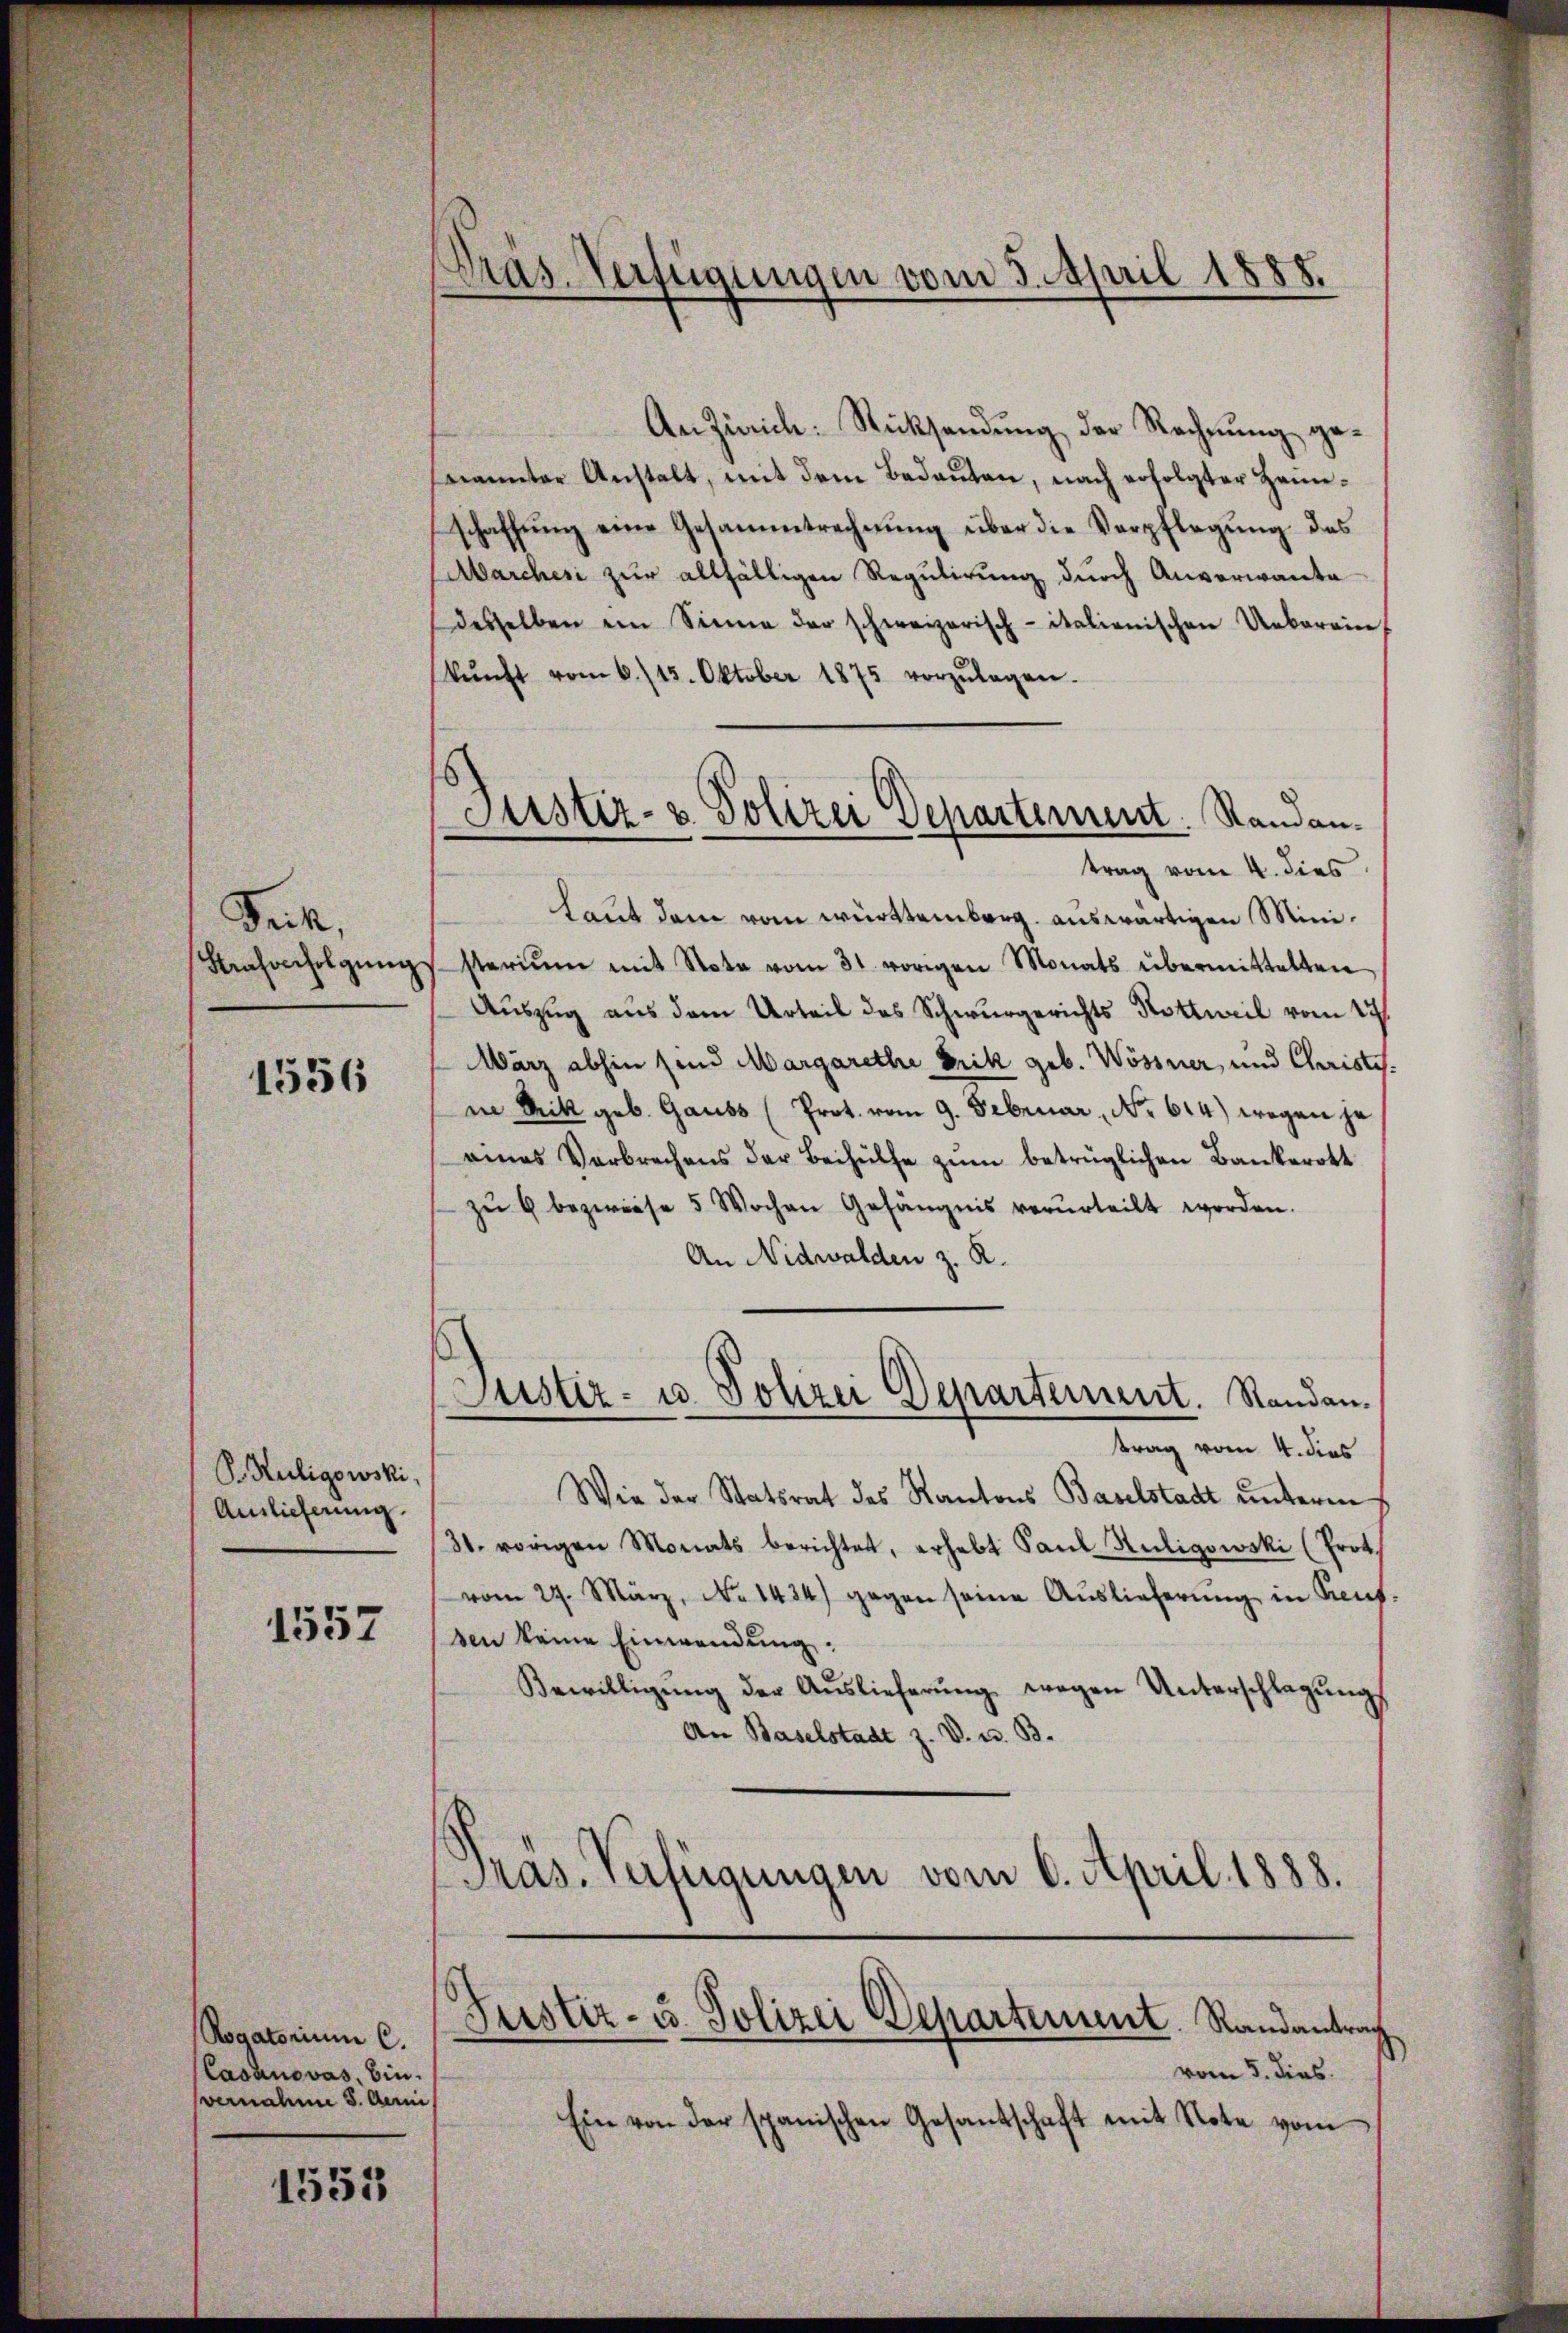
Frik
Strafverfolgŭng

1556

P. Kuligowski,
Auslieferung.

1557

Rogatorium C.
Casanovas, bin.
vernahme S. Aerni

1553

Präs. Verfügungen vom 3. April 1888.

Justiz- u. Polizei Departement. Randan¬

An Zürich-Rücksendung der Rechnung genannter Anstalt, mit dem Bedeuten, nach erfolgter Heimschaffung eine Gesammtrechnung über die Verpflegung des
Marchesi zur allfälligen Regulirung durch Anverwanta
desselben ein Sinne der schweizerisch-italienischen Ueberein
kŭnft vom 6./13. Oktober 1875 vorzŭlegen.
trag vom 4. dies
Laut dem vom württemberg. auswärtigen Ministerium mit Nota vom 31. vorigen Monats übermittelten
Auszug aus dem Urteil des Schwurgerichts Kottweil vom 17.
März abhin sind Margarethe Frik geb. Wössner, und Christis
in Nik geb. Gauss (Prot. vom 9. Februar, No 614) wegen je
eines Verbrechens der Beihülfe zŭm betrüglichen Bankerott
zŭ 9 bezweife 5 Wochen Gefängnis verurteilt worden.
An Nidwalden z. R.
Justiz- u. Polizei Departement. Standantrag vom 4. dies
Wie der Statsrat des Kantons Baselstadt unterm
31. vorigen Monats berichtet, erhebt Paŭl Religowski (Prot.
vom 27. März, No 1434) gegen seine Auslieferŭng in Sent
sen keine Einwendung:
Bewilligŭng der Aŭslieferŭng wegen Unterschlagung
An Baselstadt z. V. u. B.
Präs. Verfügungen vom 6. April 1888.

Justiz- u. Polizei Departement. Randantrag

vom 5. dies
Ein von der spanischen Gesantschaft mit Note vom